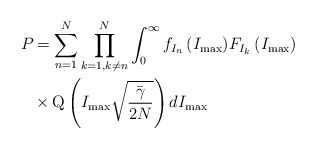
\begin{align*}{{P}_{}}&=\sum\limits_{n=1}^{N}{\prod\limits_{k=1,k\ne n}^{N}{\int_{0}^{\infty }{{{f}_{{{I}_{n}}}}\left( {{I}_{\max }} \right)}}}{{F}_{{{I}_{k}}}}\left( {{I}_{\max }} \right)\\&\times \operatorname{Q}\left( {{I}_{\max }}\sqrt{\frac{{\bar{\gamma }}}{2N}} \right)d{{I}_{\max }}\end{align*}